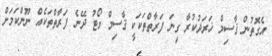
އެގޮތުން ޤާސިމް ޚަރަދުކުރާ ގިނަ ފަރާތްތަކަކީ ޤާސިމް ވޯޓު ދޭނެ ފަރާތްތަކެއް ނޫންކަމަށް